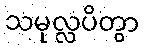
သမုလ္လပိတွာ